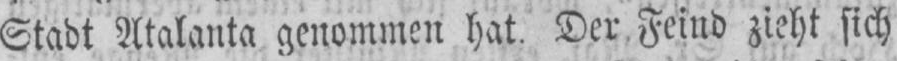
Stadt Atalanta genommen hat. Der Feind zieht sich